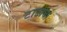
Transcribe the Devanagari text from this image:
टाटाचा